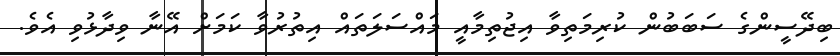
ބިދޭސީންގެ ސަބަބުން ކުރިމަތިވާ އިޖުތިމާއީ މައްސަލަތައް އިތުރުވާ ކަމަށް އޭނާ ވިދާޅުވި އެވެ.